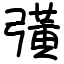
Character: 彉